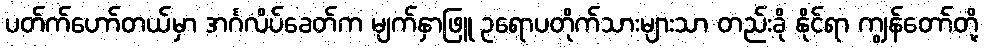
ပတ်က်ဟော်တယ်မှာ အင်္ဂလိပ်ခေတ်က မျက်နှာဖြူ ဥရောပတိုက်သားများသာ တည်းခို နိုင်ရာ ကျွန်တော်တို့